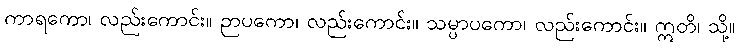
ကာရကော၊ လည်းကောင်း။ ဉာပကော၊ လည်းကောင်း။ သမ္ပာပကော၊ လည်းကောင်း။ ဣတိ၊ သို့။